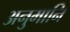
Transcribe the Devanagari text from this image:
अनुमानि